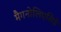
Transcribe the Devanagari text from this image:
मैगनोलिएसिई